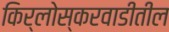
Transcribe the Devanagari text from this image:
किर्लोस्करवाडीतील